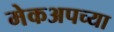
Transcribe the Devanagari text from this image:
मेकअपच्या